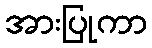
အားပြုကာ